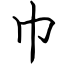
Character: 巾